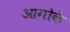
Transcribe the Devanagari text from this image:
आगोके